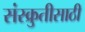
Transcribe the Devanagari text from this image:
संस्क्रुतीसाठी